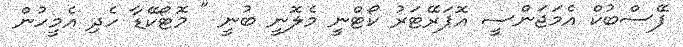
ފޭސްބުކް އެމަޖަންސީ އޮޕަރޭޓަރު ކޯޓްނީ މެލޮނީ ބުނީ " މޮޓޯކޭޑާ ހެދި އެމީހުން